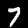
Digit: 7